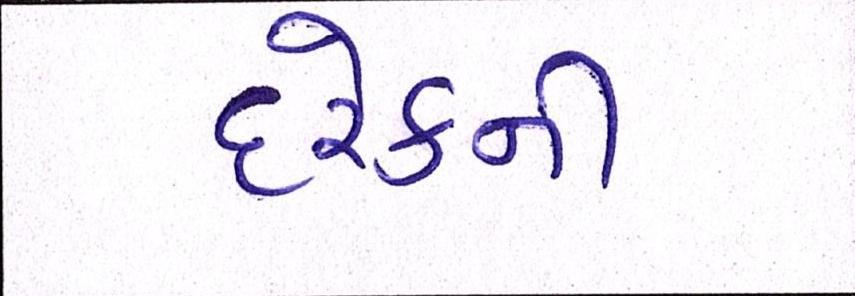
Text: દરેકની